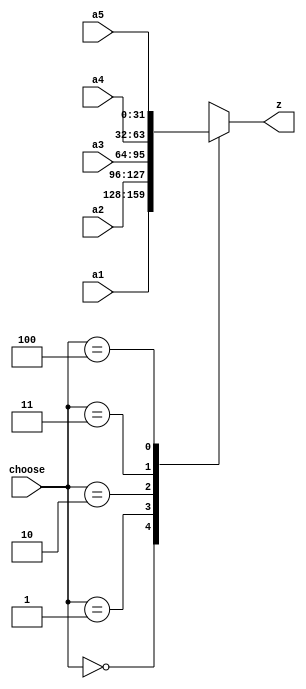
`timescale 1ns / 1ps
//////////////////////////////////////////////////////////////////////////////////
// Company: 
// Engineer: 
// 
// Design Name: 
// Module Name: MUX_8
// Project Name: 
// Target Devices: 
// Tool Versions: 
// Description: 
// 
// Dependencies: 
// 
// Revision:
// Revision 0.01 - File Created
// Additional Comments:
// 
//////////////////////////////////////////////////////////////////////////////////


module MUX_8(
    input [31:0]a1,
    input [31:0]a2,
    input [31:0]a3,
    input [31:0]a4,
    input [31:0]a5,
    
    input [2:0]choose,
    output reg[31:0]z
    );

    

    always @ (*)begin
        case(choose)
            3'b000:z<=a1;
            3'b001:z<=a2;
            3'b010:z<=a3;
            3'b011:z<=a4;
            3'b100:z<=a5;
            
            default: z<=32'bx;
        endcase
    end
endmodule